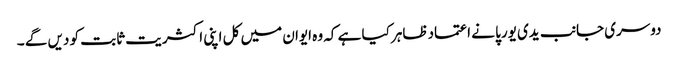
دوسری جانب یدی یورپا نے اعتمادظاہر کیا ہے کہ وہ ایوان میں کل اپنی اکثریت ثابت کو دیں گے ۔